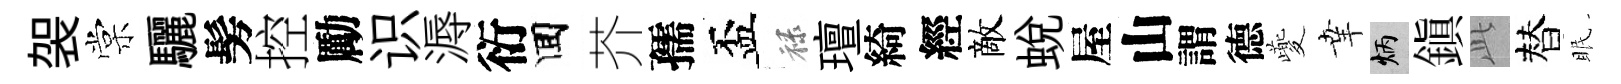
袈棠驪髣控勵识溽衍囬芥孺盃禄璮綺經敵蛻屋山謂德夔𦍒炳鎮𬼘替眠